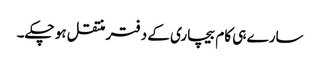
سارے ہی کام بیچاری کے دفتر منتقل ہو چکے۔